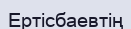
Ертісбаевтің